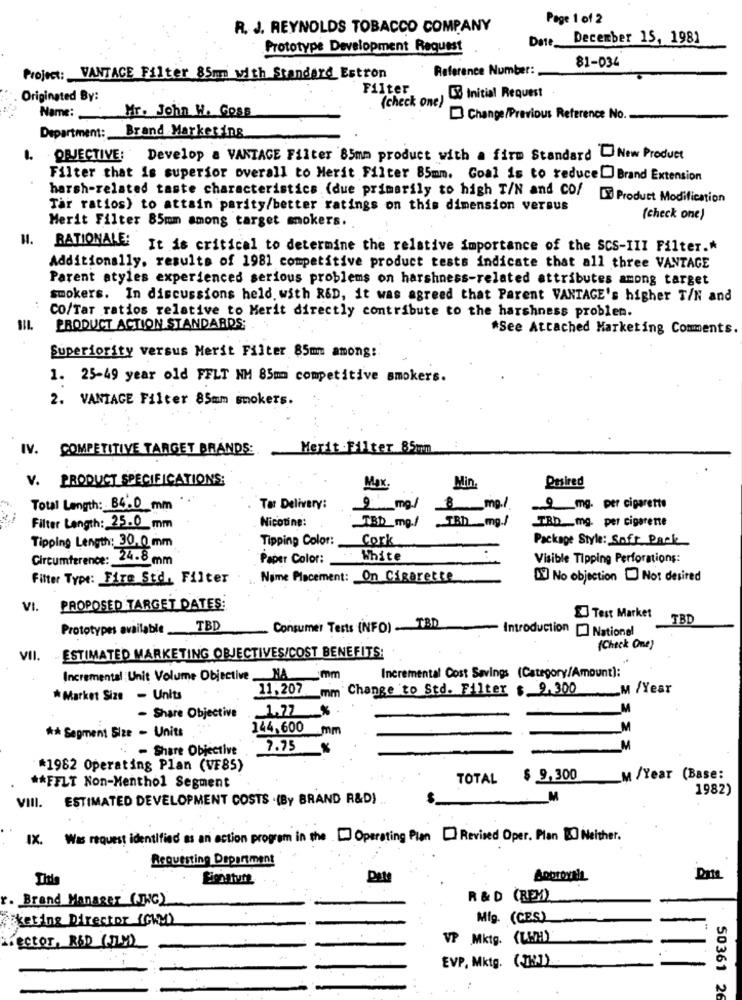
Page 1 of 2
R. J. REYNOLDS TOBACCO COMPANY
Date
December 15, 1981
Prototype Development Request
81-034
Reference Number:
Project: VANTACE Filter 85mm with Standard Estron
Filter
Originated By:
(check one)
03 Initial Request
Mr. John W. Goss
Name:
Change/Previous Reference No.
Department: Brand Marketing
. ORJECTIVE: Develop a VANTAGE Filter 85mm product with a firm Standard New Product
Filter that is superior overall to Merit Filter 85mm. Goal is to reduce[] Brand Extension
harsh-related taste characteristics (due primarily to high T/N and CO/ DX Product Modification
Tar ratios) to attain parity/better ratings on this dimension versus
Merit Filter 85mm among target smokers.
(check one)
H.
RATIONALE: It is critical to determine the relative importance of the SCS-III Filter .*
Additionally, results of 1981 competitive product tests indicate that all three VANTAGE
Parent atyles experienced serious problems on harshness-related attributes among target
smokers. In discussions held. with R&D, it was agreed that Parent VANTAGE's higher T/N and
CO/Tar ratios relative to Merit directly contribute to the harshness problen.
PRODUCT ACTION STANDARDS;
*See Attached Marketing Comments.
Superiority versus Merit Filter 85mm among:
1. 25-49 year old FFLT NM 85mm competitive smokers.
2. VANTAGE Filter 85mm smokers.
IV. COMPETITIVE TARGET BRANDS:
Merit Filter 85mm
V. PRODUCT SPECIFICATIONS;
Min
Max.
Desired
Total Length: B4.0 mm
Tar Delivery:
9 mg/ 8 mg./.
2 mg. per cigarette
-
TBD_mg./
Filter Length: 25.0 mm
Nicotine:
.. TBh _mg./
TBD mg. per cigarene
Tipping Length: 30,0 mm
Tipping Color:
Cork
Package Style: Sofr Pack
Circumference: 24.8 mm
Paper Color:
White
Visible Tipping Perforations:
Filter Type: Fire Std. Filter
Name Placement: On Cigarette
DO No objection Not desired
VI.
PROPOSED TARGET DATES:
Test Market
TBD
Prototypes available_
TBD
Consumer Tests (INFO) TBD
Introduction [] National
ESTIMATED MARKETING OBJECTIVES/COST BENEFITS:
(Check One)
VII.
Incremental Cost Savings (Category/Amount):
Incremental Unit Volume Objective NA mm
11.207 mm Change to Std. Filter $ 9,300
M /Year
* Market Size - Units
1,77 %
M
- Share Objective
144,600 mm
M
** Segment Size - Units
- Share Objective
7.75
M
*1982 Operating Plan (VE85)
TOTAL
$ 9,300
_M /Year (Base:
** FFLT Non-Menthol Segment
1982)
VIII. ESTIMATED DEVELOPMENT COSTS .(By BRAND R&D)
_M
IX. Was request identified as an action program in the Operating Plan Revised Oper. Plan Neither.
Requesting Department
Dite
. Brand Manager (ING)
R & D (REM)
keting Director (CWM)
Mig. (CES)
ECCOr, RED (FLY)
VP Mktg. (KWH)
EVP, Mktg. (JHJ).
50361 26